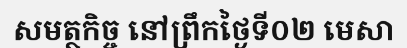
សមត្ថកិច្ច នៅព្រឹកថ្ងៃទី០២ មេសា